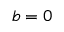
b = 0